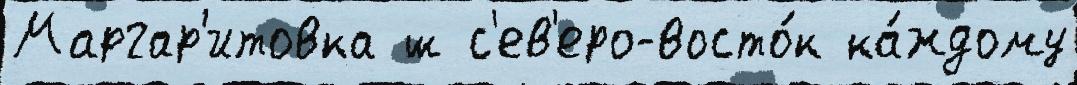
Маргар'итовка ш с'ев'еро-восто́к ка́ждому